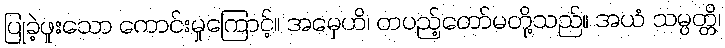
ပြုခဲ့ဖူးသော ကောင်းမှုကြောင့်။ အမှေဟိ၊ တပည့်တော်မတို့သည်။ အယံ သမ္ပတ္တိ၊